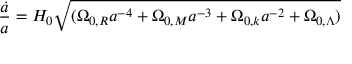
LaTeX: { \frac { \dot { a } } { a } } = H _ { 0 } { \sqrt { ( \Omega _ { 0 , R } a ^ { - 4 } + \Omega _ { 0 , M } a ^ { - 3 } + \Omega _ { 0 , k } a ^ { - 2 } + \Omega _ { 0 , \Lambda } ) } }